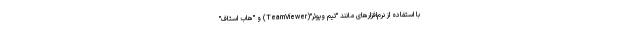
با استفاده از نرم‌افزارهای مانند "تیم ویوئر"(TeamViewer) و "هاب استاف"